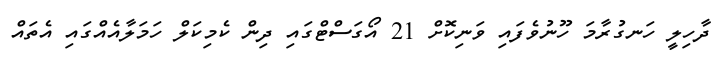
ދާހިލީ ހަނގުރާމަ ހޫނުވެފައި ވަނިކޮށް 21 އޯގަސްޓްގައި ދިން ކެމިކަލް ހަމަލާއެއްގައި އެތައް